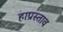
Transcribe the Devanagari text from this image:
हाप्रस्ताव